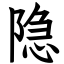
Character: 隐